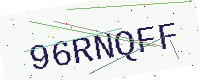
Text: 96RNQFF